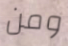
ومن